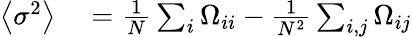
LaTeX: \begin{array}{rl}{\left\langle\sigma^{2}\right\rangle}&{{}=\frac{1}{N}\sum_{i}{\Omega_{ii}}-\frac{1}{N^{2}}\sum_{i,j}{\Omega_{ij}}}\end{array}